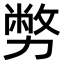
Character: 𠢪